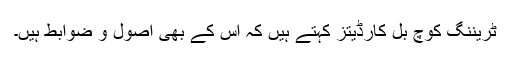
ٹریننگ کوچ بل کارڈیتز کہتے ہیں کہ اس کے بھی اصول و ضوابط ہیں۔